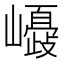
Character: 𡾂